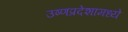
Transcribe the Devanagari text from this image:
उष्णप्रदेशामध्ये